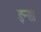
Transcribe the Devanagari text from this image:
इन्सा